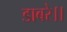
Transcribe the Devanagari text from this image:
डाबरे।।